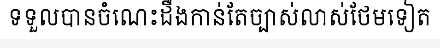
ទទួលបានចំណេះដឹងកាន់តែច្បាស់លាស់ថែមទៀត